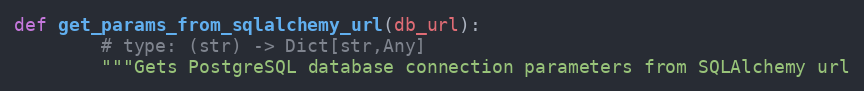
Language: Python
def get_params_from_sqlalchemy_url(db_url):
        # type: (str) -> Dict[str,Any]
        """Gets PostgreSQL database connection parameters from SQLAlchemy url